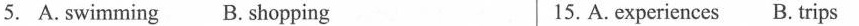
5. A. swimming B. shopping 15. A. experiences B. trips